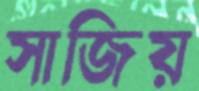
সাজিয়